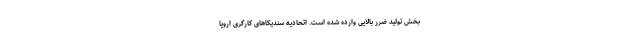
بخش تولید ضرر بالایی وارده شده است. اتحادیه سندیکاهای کارگری اروپا